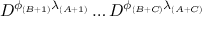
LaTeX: D ^ { \phi _ { ( B + 1 ) } \lambda _ { ( A + 1 ) } } \dots D ^ { \phi _ { ( B + C ) } \lambda _ { ( A + C ) } }